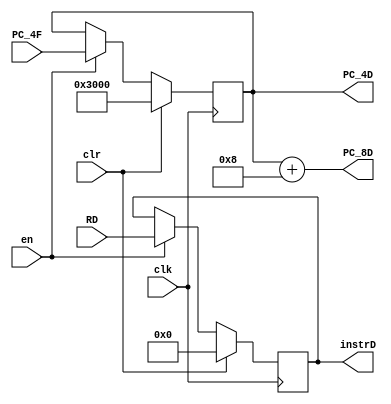
`timescale 1ns / 1ps
//////////////////////////////////////////////////////////////////////////////////
// Company: 
// Engineer: 
// 
// Design Name: 
// Module Name:    IF_ID 
// Project Name: 
// Target Devices: 
// Tool versions: 
// Description: 
//
// Dependencies: 
//
// Revision: 
// Revision 0.01 - File Created
// Additional Comments: 
//
//////////////////////////////////////////////////////////////////////////////////
module IF_ID(clk,en,clr,RD,PC_4F,PC_4D,PC_8D,instrD
    );
	input clk,en,clr;
	input [31:0] RD,PC_4F;
	output [31:0] PC_4D,instrD;
	output [31:0] PC_8D;
	reg [31:0] PC_4D,instrD;

	initial begin
		PC_4D=32'h0000_3000;
		instrD=32'b000000_00000_00000_00000_00000_100001;
	end
	
	always@(posedge clk)
	begin
		if(clr)
			begin
				PC_4D<=32'h0000_3000;
				instrD<=32'h0000_0000;
			end
		else if(en)
			begin
				PC_4D<=PC_4F;
				instrD<=RD;
			end
	end
	
	assign PC_8D=PC_4D+8;
	
endmodule